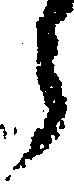
う